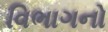
વિભાગનો